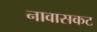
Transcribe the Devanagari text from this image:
नावासकट